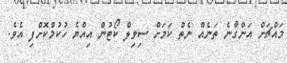
މައްޗަށް އަންގާނެ ތަނެއް ނެތް ކަމަށް ސިވިލް ކޯޓުން އިއްޔެ ހުކުމްކޮށްފި އެވެ.